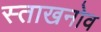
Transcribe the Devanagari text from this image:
स्ताखनोव